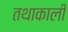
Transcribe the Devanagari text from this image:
तथाकाली